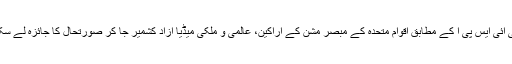
ڈی جی آئی ایس پی آ کے مطابق اقوام متحدہ کے مبصر مشن کے اراکین، عالمی و ملکی میڈیا ازاد کشمیر جا کر صورتحال کا جائزہ لے سکتا ہے۔